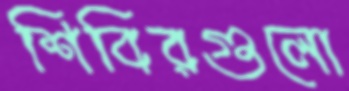
শিবিরগুলো